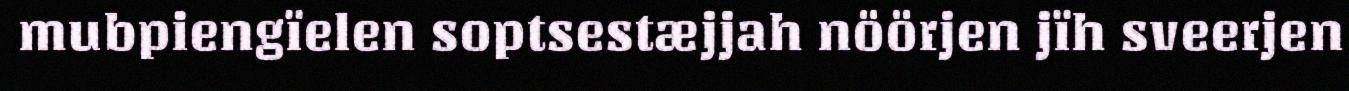
mubpiengïelen soptsestæjjah nöörjen jïh sveerjen